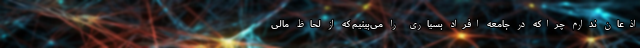
اذعان ندارم چراکه در جامعه افراد بسیاری را می‌بینیم که از لحاظ مالی